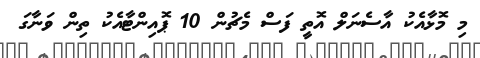
މި މޮޅާއެކު އާސެނަލް އޮތީ ފަސް މެޗުން 10 ޕޮއިންޓާއެކު ތިން ވަނާގަ